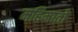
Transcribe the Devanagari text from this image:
महिमातो